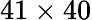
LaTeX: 41\times 40